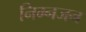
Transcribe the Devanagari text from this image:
निम्नजन